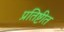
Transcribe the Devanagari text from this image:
प्रतिष्टीत